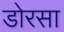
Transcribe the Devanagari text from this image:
डोरसा